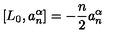
[ L _ { 0 } , a _ { n } ^ { \alpha } ] = - \frac { n } { 2 } a _ { n } ^ { \alpha }